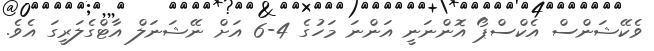
ވެކޭޝަންސް އެކްސްޕޯ އޮންނަނީ އަންނަ މަހުގެ 4-6 އަށް ނޭޝަނަލް އާޓްގެލަރީގަ އެވެ.